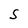
Character: S